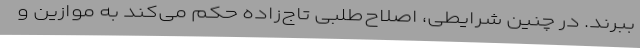
ببرند. در چنین شرایطی، اصلاح‌طلبیِ تاج‌زاده حکم می‌کند به موازین و